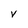
Character: v